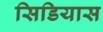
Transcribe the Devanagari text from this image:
सिडियास